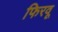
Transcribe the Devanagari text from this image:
फिरवू